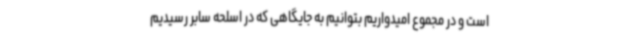
است و در مجموع امیدواریم بتوانیم به جایگاهی که در اسلحه سابر رسیدیم